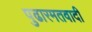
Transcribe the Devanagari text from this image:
पुढारमतवादी